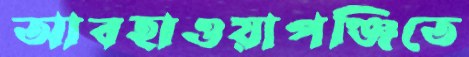
আবহাওয়াপঞ্জিতে